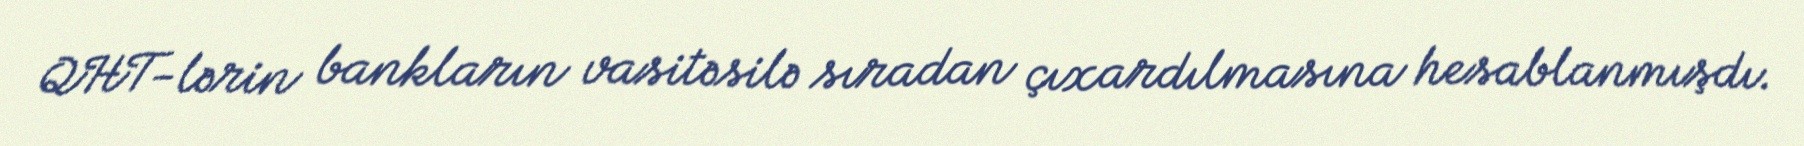
QHT-lərin bankların vasitəsilə sıradan çıxardılmasına hesablanmışdı.